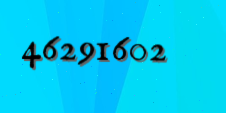
46291602